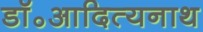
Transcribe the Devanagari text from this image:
डॉ॰आदित्यनाथ